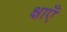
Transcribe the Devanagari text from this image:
क्षाएँ